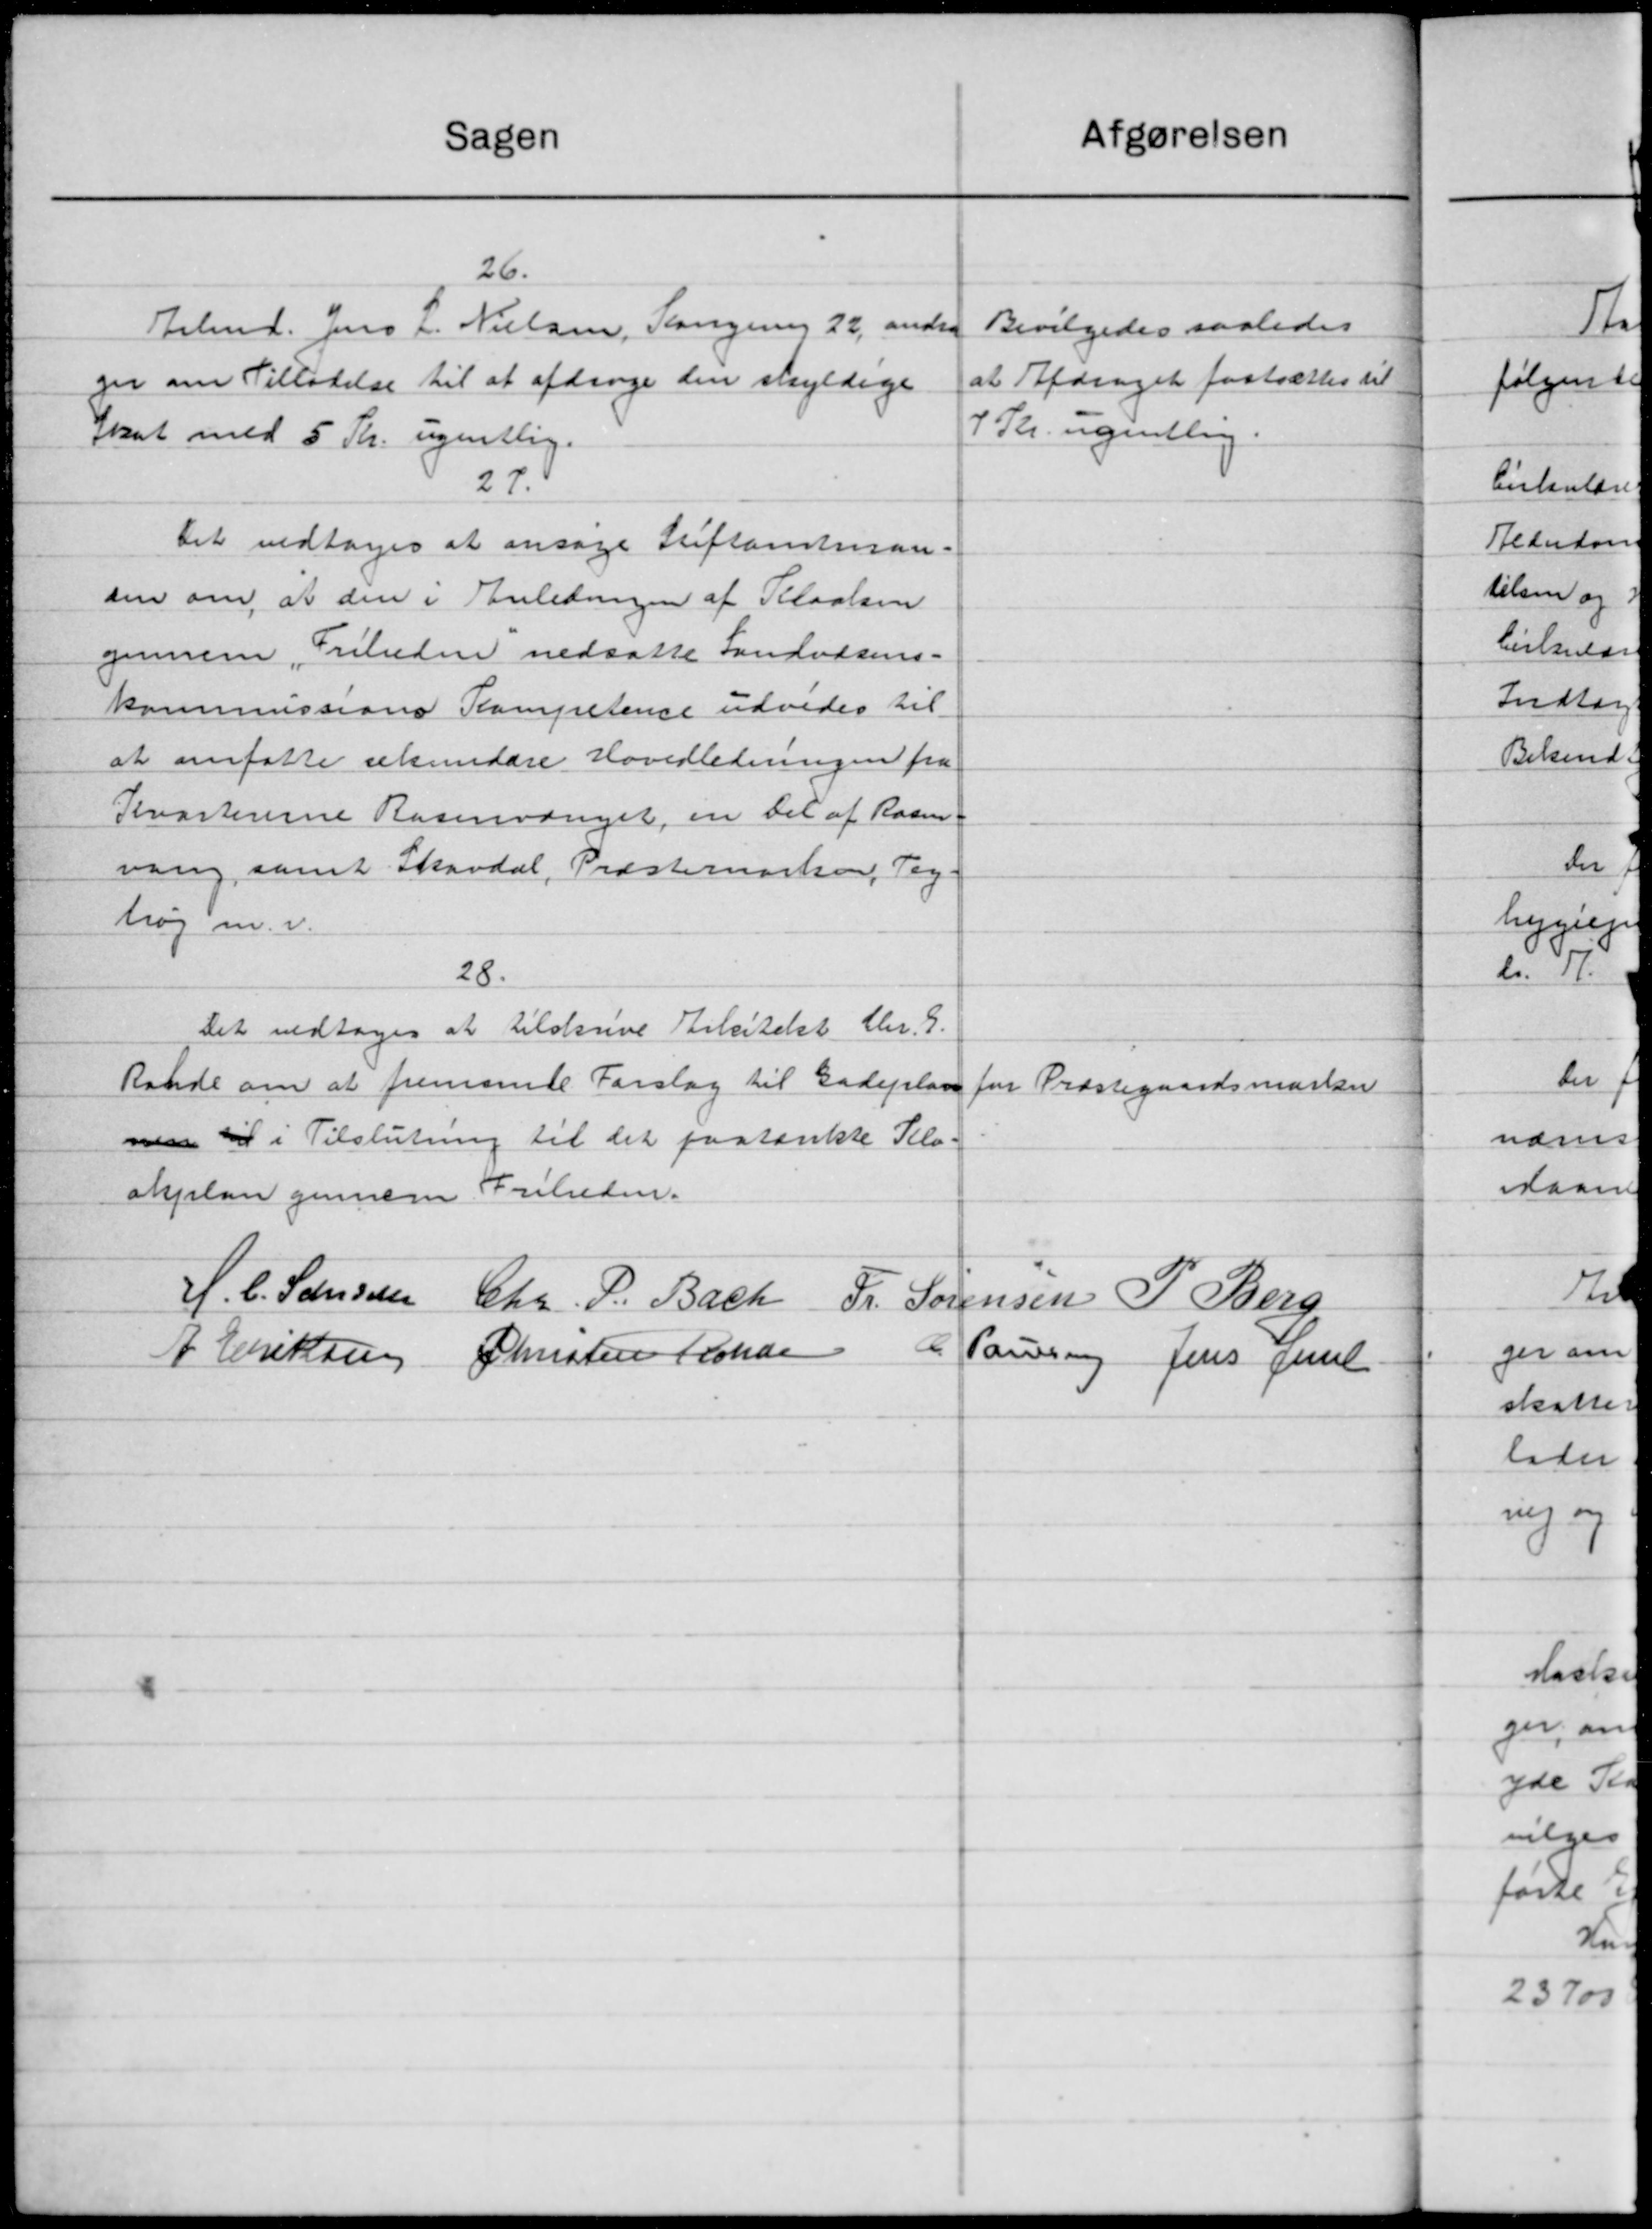
Transskription:
afgørelsen
Sagen
26.
Bevilgedes saaledes
Arbmd. Jens J. Nielsen, Slangerne 22, andra
at Afdraget fastsættes til
ger om Tilladelse til at afdrage den skyldige
7 Kr. ugentlig.
Skat med 5 Kr. ugentlig.
27.
Det vedtoges at ansøge Stiftamtman-
sen om at den i Anledningen af Klaalsen
gennem „Friluden nedsatte Landvæsens-
kommissions Kampetence udvides til
at omfatte rekundere Hovedledningen fra
Kvartererne Rosenvænget, en Del af Rasm
vang, samt Skovdal, Præsternarkov, Tag-
høj m. v.
28.
Det vedtoges at tilskrive Arkitekt Chr. G.
Rande om at fremsende Forslag til Gadeplan for Præstegaardsmasten
men til i Tilslutning til det paatænkte Klo-
akplan gennem Friheden.
H. C. Sanssen Chr. P. Bach
Fr. Sørensen P. Berg
A Eriksen Christen Konde
C. Pausen Jens Jense